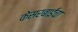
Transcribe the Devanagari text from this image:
केसरबाईंचा